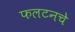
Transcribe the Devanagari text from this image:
फलटनचे